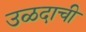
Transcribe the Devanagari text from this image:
उळदाची